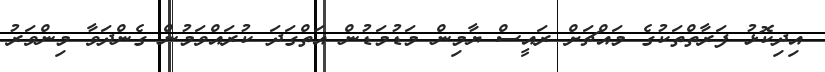
އިދިކޮޅު ފަރާތްތަކުގެ މައްޗަށް ރައީސް ޔާމިން މަޑުމަޑުން އަތްގަދަ ކުރައްވަމުން ގެންދަވާ މިންވަރު